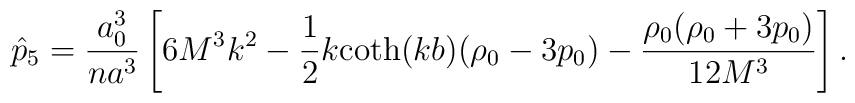
\hat p_5 = \frac{a_0^3}{na^3}\left[    6M^3k^2 - \frac12 k{\rm coth}(kb)(\rho_0-3p_0)    - \frac{\rho_0(\rho_0+3p_0)}{12M^3}\right].